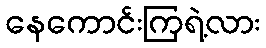
နေကောင်းကြရဲ့လား